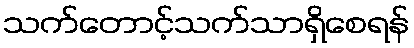
သက်တောင့်သက်သာရှိစေရန်